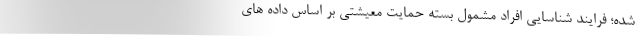
شده؛ فرایند شناسایی افراد مشمول بسته حمایت معیشتی بر اساس داده های